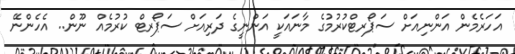
އަހަރެމެން އަންނިއަށް ސަޕޯރޓްކުރުމުގެ މާނައަކީ އަންނީގެ ދަރިއަށް ސަޕޯރޓް ކުރުމެެއް ނޫން.. އެހެންނޭ